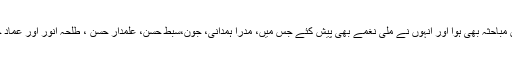
پروگرام میں طلبہ کے مابین مباحثہ بھی ہوا اور انہوں نے ملی نغمے بھی پیش کئے جس میں، مدرا ہمدانی، جون،سبط حسن، علمدار حسن ، طلحہٰ انور اور عماد حسین وغیرہ نے شرکت کی۔